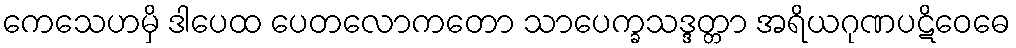
ကေသေဟမှိ ဒါပေထ ပေတလောကတော သာပေက္ခသဒ္ဒတ္တာ အရိယဂုဏပဋိဝေဓေ